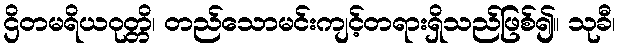
ဌိတမရိယဝုတ္တိ၊ တည်သောမင်းကျင့်တရားရှိသည်ဖြစ်၍။ သုခီ၊